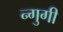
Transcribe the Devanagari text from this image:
न्गुगी